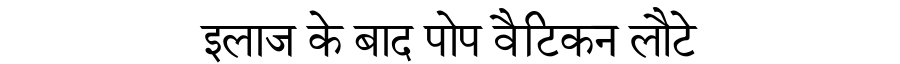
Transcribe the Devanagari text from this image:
इलाज के बाद पोप वैटिकन लौटे